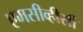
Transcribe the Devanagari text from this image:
एमसीव्हीसी